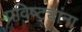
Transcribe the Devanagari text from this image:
प्रविष्ट्यांना